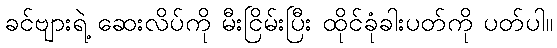
ခင်ဗျားရဲ့ ဆေးလိပ်ကို မီးငြိမ်းပြီး ထိုင်ခုံခါးပတ်ကို ပတ်ပါ။